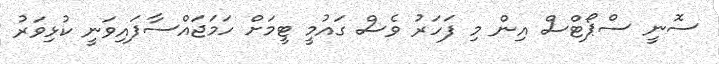
ސޮނީ ސްޕޯޓްސް އިން މި ފަހަރު ވެސް ގައުމީ ޓީމަށް ހަމަޖައްސާފައިވަނީ ކުޅިވަރު